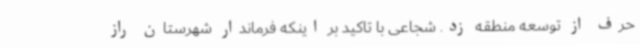
حرف از توسعه منطقه زد. شجاعی با تاکید بر اینکه فرماندار شهرستان راز